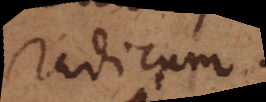
radicum.